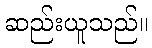
ဆည်းယူသည်။